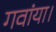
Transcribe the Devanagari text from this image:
गवांया।